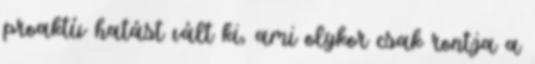
proaktív hatást vált ki, ami olykor csak rontja a